Lunatic asylums in Bengal annual reports 1912-1924 - 1912-1924
Year: 1912
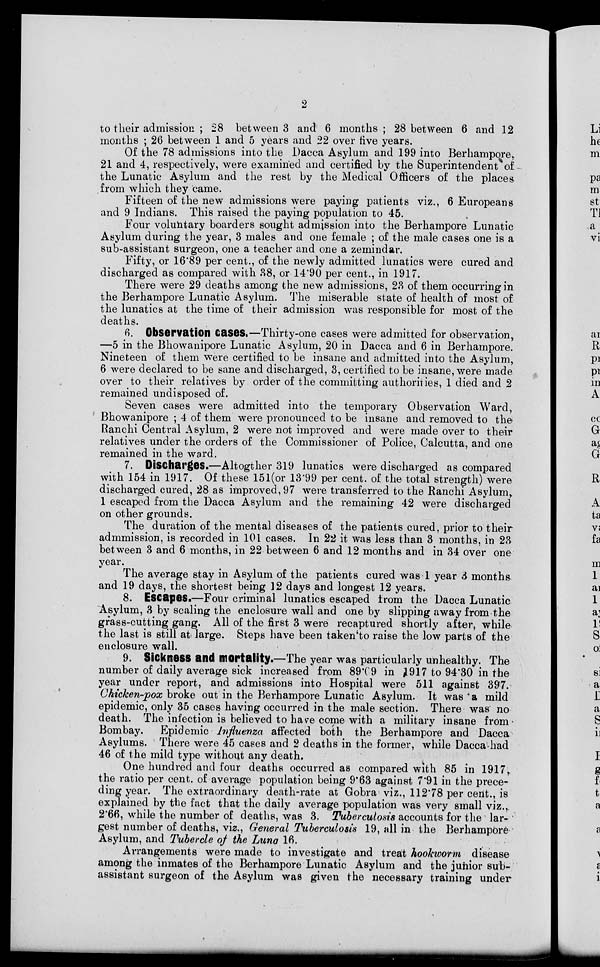
2
to their admission ; 28 between 3 and 6 months ; 28 between 6 and 12
months ; 26 between 1 and 5 years and 22 over five years.
Of the 78 admissions into the Dacca Asylum and 199 into Berhampore,
21 and 4, respectively, were examined and certified by the Superintendent of
the Lunatic Asylum and the rest by the Medical Officers of the places
from which they came.
Fifteen of the new admissions were paying patients viz., 6 Europeans
and 9 Indians. This raised the paying population to 45.
Four voluntary boarders sought admission into the Berhampore Lunatic
Asylum during the year, 3 males and one female ; of the male cases one is a
sub-assistant surgeon, one a teacher and one a zemindar.
Fifty, or 16.89 per cent., of the newly admitted lunatics were cured and
discharged as compared with 38, or 14.90 per cent., in 1917.
There were 29 deaths among the new admissions, 23 of them occurring in
the Berhampore Lunatic Asylum. The miserable state of health of most of
the lunatics at the time of their admission was responsible for most of the
deaths.
6. Observation cases.—Thirty-one cases were admitted for observation
—5 in the Bhowanipore Lunatic Asylum, 20 in Dacca and 6 in Berhampore.
Nineteen of them were certified to be insane and admitted into the Asylum,
6 were declared to be sane and discharged, 3, certified to be insane, were made
over to their relatives by order of the committing authorities, 1 died and 2
remained undisposed of.
Seven cases were admitted into the temporary Observation Ward,
Bhowanipore ; 4 of them were pronounced to be insane and removed to the
Ranchi Central Asylum, 2 were not improved and were made over to their
relatives under the orders of the Commissioner of Police, Calcutta, and one
remained in the ward.
7. Discharges.—Altogther 319 lunatics were discharged as compared
with 154 in 1917. Of these 151(or 13.99 per cent. of the total strength) were
discharged cured, 28 as improved, 97 were transferred to the Ranchi Asylum,
1 escaped from the Dacca Asylum and the remaining 42 were discharged
on other grounds.
The duration of the mental diseases of the patients cured, prior to their
admmission, is recorded in 101 cases. In 22 it was less than 3 months, in 23
between 3 and 6 months, in 22 between 6 and 12 months and in 34 over one
year.
The average stay in Asylum of the patients cured was 1 year 3 months
and 19 days, the shortest being 12 days and longest 12 years.
8. Escapes.—Four criminal lunatics escaped from the Dacca Lunatic
Asylum, 3 by scaling the enclosure wall and one by slipping away from the
grass-cutting gang. All of the first 3 were recaptured shortly after, while
the last is still at large. Steps have been taken'to raise the low parts of the
enclosure wall.
9. Sickness and mortality.—The year was particularly unhealthy. The
number of daily average sick increased from 89.69 in 1917 to 94.30 in the
year under report, and admissions into Hospital were 511 against 397.
Chicken-pox broke out in the Berhampore Lunatic Asylum. It was a mild
epidemic, only 35 cases having occurred in the male section. There was no
death. The infection is believed to have come with a military insane from
Bombay. Epidemic Influenza affected both the Berhampore and Dacca
Asylums. There were 45 cases and 2 deaths in the former, while Dacca-had
46 of the mild type without any death.
One hundred and four deaths occurred as compared with 85 in 1917
the ratio per cent. of average population being 9.63 against 7.91 in the prece-
ding year. The extraordinary death-rate at Gobra viz., 112.78 per cent., is
explained by the fact that the daily average population was very small viz.,
2.66, while the number of deaths, was 3. Tuberculosis accounts for the lar-
gest number of deaths, viz., General Tuberculosis 19, all in the Berhampore
Asylum, and Tubercle oj the Luna 16.
Arrangements were made to investigate and treat hookworm disease
among the inmates of the Berhampore Lunatic Asylum and the junior sub-
assistant surgeon of the Asylum was given the necessary training under